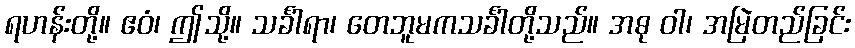
ရဟန်းတို့။ ဧဝံ၊ ဤသို့။ သင်္ခါရာ၊ တေဘူမကသင်္ခါတို့သည်။ အဓု ဝါ၊ အမြဲတည်ခြင်း